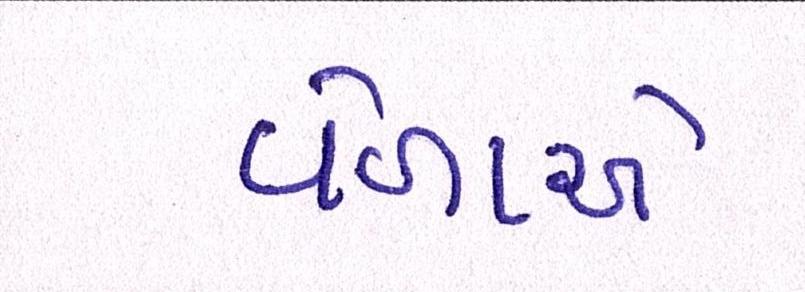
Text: વેળાએ